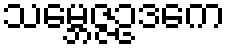
သမ္ဘေဇ္ဇဥဒကေ